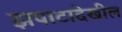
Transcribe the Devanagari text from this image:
झपाटादेखील